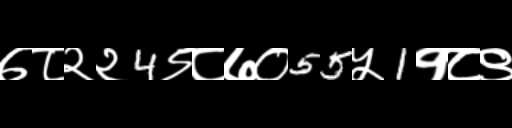
Text: ७८२२4९८७०55५1१८९